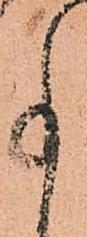
事